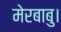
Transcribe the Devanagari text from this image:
मेरबाबु।